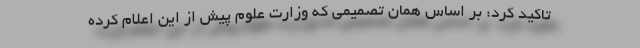
تاکید کرد: بر اساس همان تصمیمی که وزارت علوم پیش از این اعلام کرده